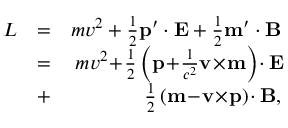
\begin{array} { r l r } { L } & { = } & { m v ^ { 2 } + \frac { 1 } { 2 } \mathbf p ^ { \prime } \cdot \mathbf E + \frac { 1 } { 2 } \mathbf m ^ { \prime } \cdot \mathbf B } \\ & { = } & { m v ^ { 2 } \! + \! \frac { 1 } { 2 } \left( \mathbf p \! + \! \frac { 1 } { c ^ { 2 } } \mathbf v \! \times \! \mathbf m \right) \! \cdot \mathbf E \! } \\ & { + } & { \! \frac { 1 } { 2 } \left( \mathbf m \! - \! \mathbf v \! \times \! \mathbf p \right) \! \cdot \mathbf B , } \end{array}